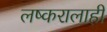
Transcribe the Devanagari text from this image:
लष्करालाही